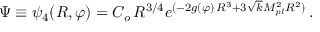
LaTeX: \Psi \equiv \psi _ { 4 } ( R , \varphi ) = C _ { o } \, R ^ { 3 / 4 } e ^ { ( - 2 g ( \varphi ) \, R ^ { 3 } + 3 \sqrt { k } M _ { p l } ^ { 2 } R ^ { 2 } ) } \, .